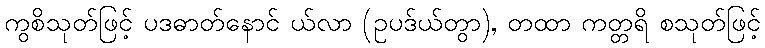
ကွစိသုတ်ဖြင့် ပဒဓာတ်နောင် ယ်လာ (ဥပဒ်ယ်တွာ), တထာ ကတ္တရိ စသုတ်ဖြင့်